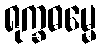
ရုက္ခဓမ္မေ